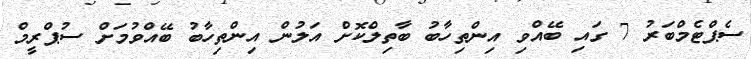
ސެޕްޓެމްބަރު 7 ގައި ބޭއްވި އިންތިހާބު ބާތިލްކޮށް އަލުން އިންތިހާބު ބޭއްވުމަށް ސުޕްރީމް